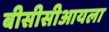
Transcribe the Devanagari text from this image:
बीसीसीआयला